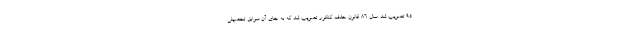
۹۵ تصویب شد. سال ۸۶ قانون حذف کنکور تصویب شد که به جای آن سوابق تحصیلی